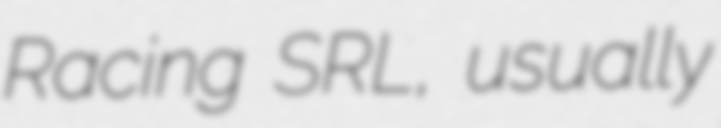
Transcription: Racing SRL, usually